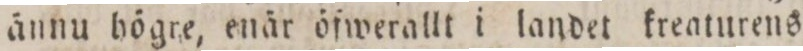
ännu högre, enär öfwerallt i landet kreaturens